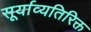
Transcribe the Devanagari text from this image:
सूर्याव्यतिरिक्त